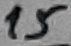
Text: 15